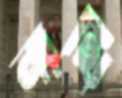
নাথি